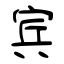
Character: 宾